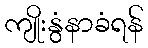
ကျိုးနွံနာခံရန်